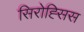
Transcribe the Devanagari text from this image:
सिरोह्सिस